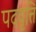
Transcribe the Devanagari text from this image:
पदवृत्ति